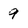
Character: 9